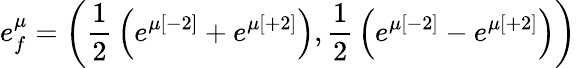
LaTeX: e_{f}^{\mu}=\left({\frac{1}{2}}\left(e^{\mu[-2]}+e^{\mu[+2]}\right),{\frac{1}{2}}\left(e^{\mu[-2]}-e^{\mu[+2]}\right)\right)